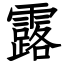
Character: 露